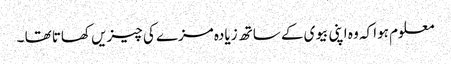
معلوم ہوا کہ وہ اپنی بیوی کے ساتھ زیادہ مزے کی چیزیں کھاتا تھا ۔